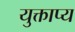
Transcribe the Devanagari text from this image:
युक्ताप्य